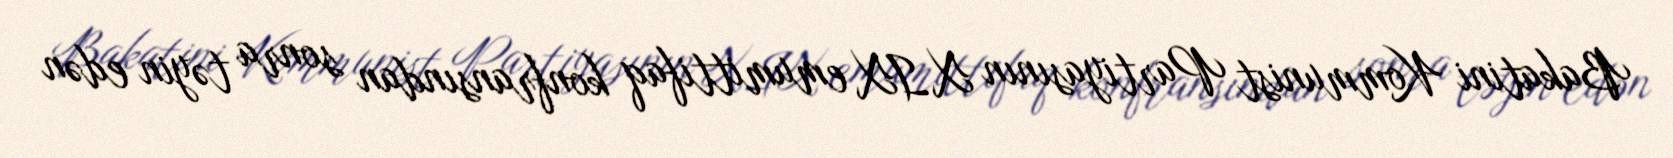
Bakatini Kommunist Partiyasının XIX emumittifaq konfransından sonra təyin edən